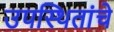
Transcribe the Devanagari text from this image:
उपस्थितांचे